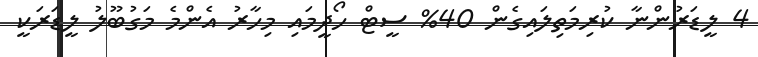
4 ލީޑަރުންނާ ކުރިމަތިލައިގެން 40% ސީޓް ހޯދީމައި މިހާރު އެންމެ މަގުބޫލު ލީޑަރަކީ